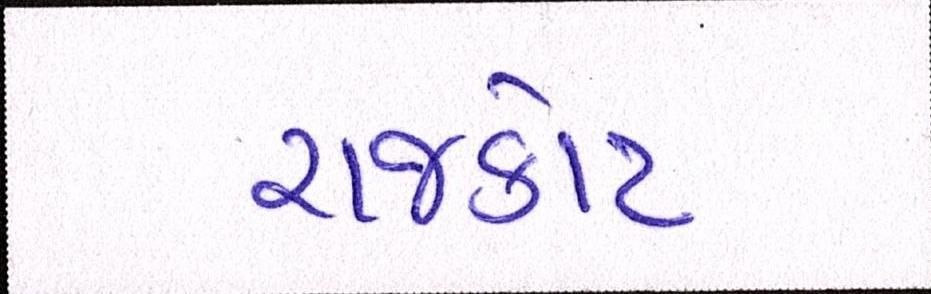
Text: રાજકોટ